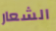
الشعار